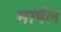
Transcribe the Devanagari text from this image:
मार्षल